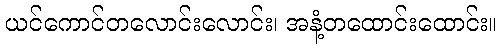
ယင်ကောင်တလောင်းလောင်း၊ အနံ့တထောင်းထောင်း။